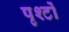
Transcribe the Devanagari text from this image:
पृश्टों